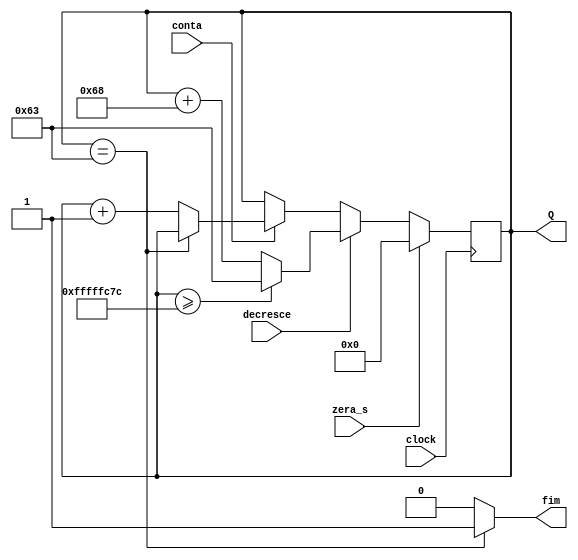
module contador_mod #(parameter M=100, N=7, D = 1000)
  (
   input  wire          clock,
   input  wire          zera_s,
   input  wire          conta,
   input  wire          decresce,
   output reg  [N-1:0]  Q,
   output reg           fim
  );

  always @(posedge clock) begin
    if (clock) begin
      if (zera_s) begin
        Q <= 0;
      end else if (decresce) begin
        if (Q >= M-D) begin
          Q <= M-1;
        end else begin
          Q <= Q + D;
        end
      end else if (conta) begin
        if (Q == M-1) begin
          Q <= Q;
        end else begin
          Q <= Q + 1;
        end
      end
    end
  end

  // Saidas
  always @ (Q)
      if (Q == M-1)   fim = 1;
      else            fim = 0;

endmodule